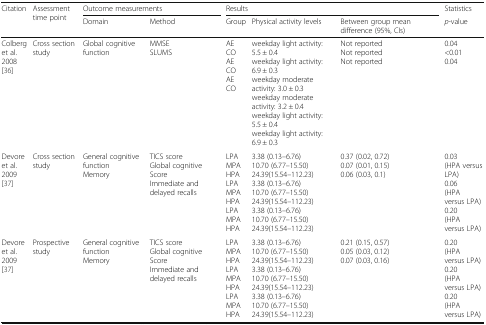
<table><thead><tr><td rowspan="2"><b>Citation</b></td><td rowspan="2"><b>Assessment time point</b></td><td colspan="2"><b>Outcome measurements</b></td><td colspan="3"><b>Results</b></td><td><b>Statistics</b></td></tr><tr><td><b>Domain</b></td><td><b>Method</b></td><td><b>Group</b></td><td><b>Physical activity levels</b></td><td><b>Between group mean difference (95%, CIs)</b></td><td><b><i>p</i>-value</b></td></tr></thead><tbody><tr><td>Colberget al.2008[36]</td><td>Cross section study</td><td>Global cognitive function</td><td>MMSESLUMS</td><td>AECOAECOAECO</td><td>weekday light activity: 5.5 ± 0.4weekday light activity: 6.9 ± 0.3weekday moderate activity: 3.0 ± 0.3weekday moderate activity: 3.2 ± 0.4weekday light activity: 5.5 ± 0.4weekday light activity: 6.9 ± 0.3</td><td>Not reportedNot reportedNot reported</td><td>0.04&lt;0.010.04</td></tr><tr><td>Devoreet al.2009 [37]</td><td>Cross section study</td><td>General cognitive functionMemory</td><td>TICS scoreGlobal cognitiveScoreImmediate and delayed recalls</td><td>LPAMPAHPALPAMPAHPALPAMPAHPA</td><td>3.38 (0.13–6.76)10.70 (6.77–15.50)24.39(15.54–112.23)3.38 (0.13–6.76)10.70 (6.77–15.50)24.39(15.54–112.23)3.38 (0.13–6.76)10.70 (6.77–15.50)24.39(15.54–112.23)</td><td>0.37 (0.02, 0.72)0.07 (0.01, 0.15)0.06 (0.03, 0.1)</td><td>0.03(HPA versus LPA)0.06(HPAversus LPA)0.20(HPAversus LPA)</td></tr><tr><td>Devoreet al.2009 [37]</td><td>Prospective study</td><td>General cognitive functionMemory</td><td>TICS scoreGlobal cognitiveScoreImmediate and delayed recalls</td><td>LPAMPAHPALPAMPAHPALPAMPAHPA</td><td>3.38 (0.13–6.76)10.70 (6.77–15.50)24.39(15.54–112.23)3.38 (0.13–6.76)10.70 (6.77–15.50)24.39(15.54–112.23)3.38 (0.13–6.76)10.70 (6.77–15.50)24.39(15.54–112.23)</td><td>0.21 (0.15, 0.57)0.05 (0.03, 0.12)0.07 (0.03, 0.16)</td><td>0.20(HPAversus LPA)0.20(HPAversus LPA)0.20(HPAversus LPA)</td></tr></tbody></table>